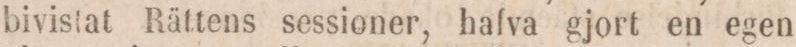
bivistat Rättens sessioner, hafva gjort en egen